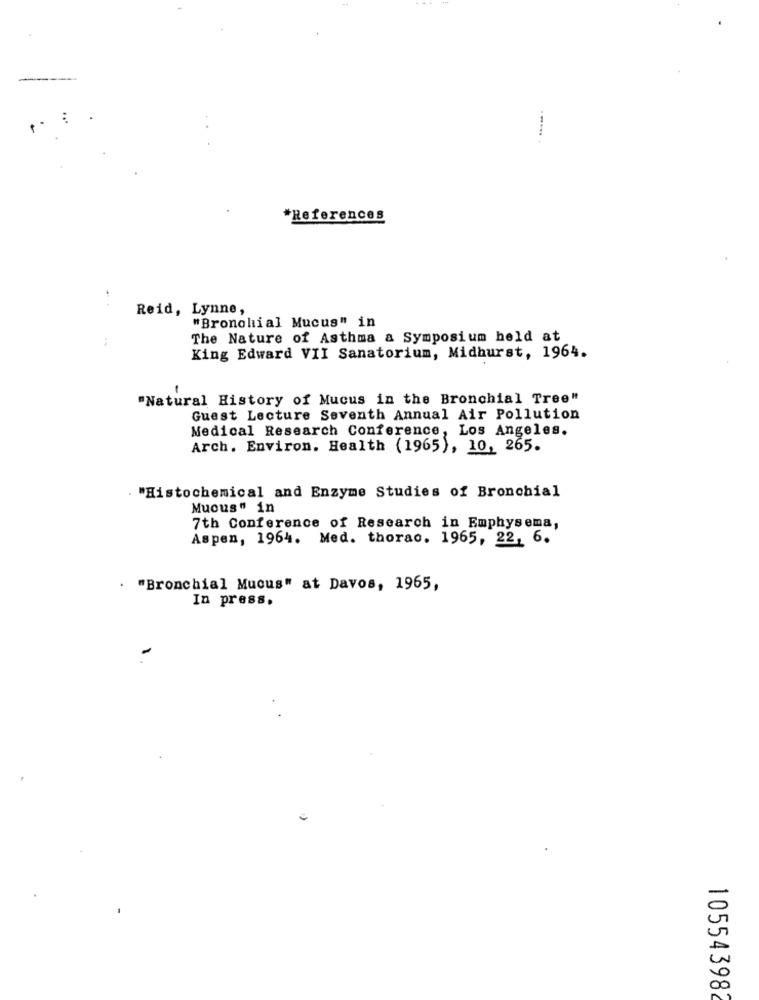
--....
*References
Reid, Lynne,
"Bronchial Mucus" in
:
The Nature of Asthma a Symposium held at
King Edward VII Sanatorium, Midhurst, 1964.
"Natural History of Mucus in the Bronchial Tree"
Guest Lecture Seventh Annual Air Pollution
Medical Research Conference, Los Angeles.
Arch. Environ. Health (1965), 10, 265.
"Histochemical and Enzyme Studies of Bronchial
Mucus" in
7th Conference of Research in Emphysema,
Aspen, 1964. Med. thorao. 1965, 22, 6.
"Bronchial Mucus" at Davos, 1965,
In press.
10554398